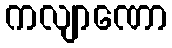
ကလျာဏော